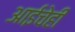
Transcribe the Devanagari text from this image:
आईचेही